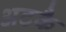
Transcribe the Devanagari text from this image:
अटकै